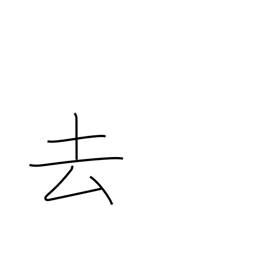
Meaning: past